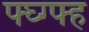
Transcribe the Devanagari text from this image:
फ्घ्ग्फ्ह